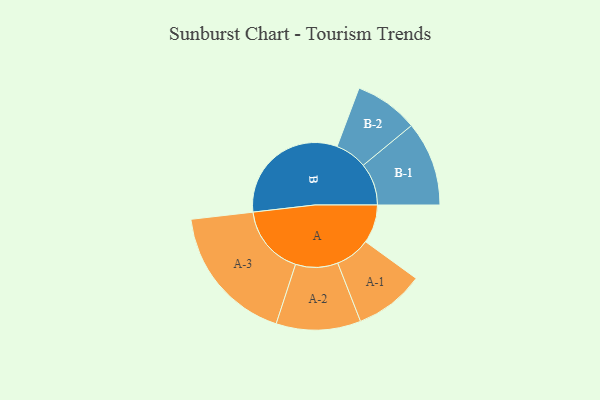
{"axis": {"x": "Segment", "y": "Value"}, "legend": ["", "A", "B"], "data": [{"x": "A", "y": 142, "type": ""}, {"x": "B", "y": 463, "type": ""}, {"x": "A-1", "y": 129, "type": "A"}, {"x": "A-2", "y": 156, "type": "A"}, {"x": "A-3", "y": 258, "type": "A"}, {"x": "B-1", "y": 156, "type": "B"}, {"x": "B-2", "y": 118, "type": "B"}]}